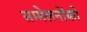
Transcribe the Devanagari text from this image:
सम्मेलनोंको